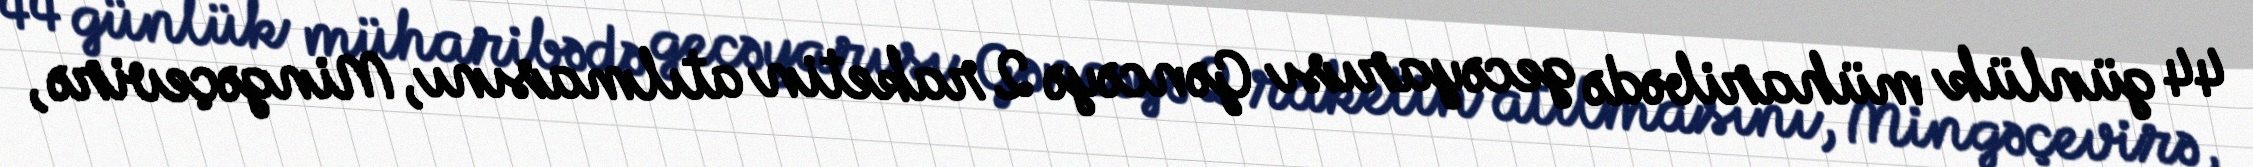
44 günlük müharibədə gecəyarısı Gəncəyə 2 raketin atılmasını, Mingəçevirə,